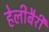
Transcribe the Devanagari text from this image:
हेलीबैरी